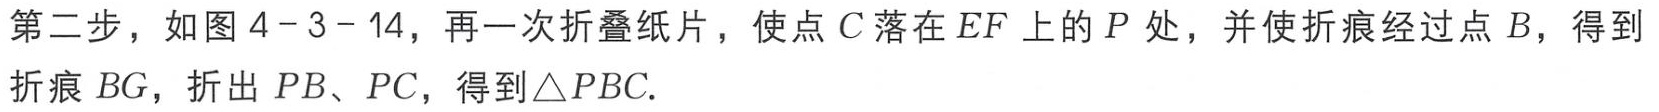
第二步，如图4-3-14，再一次折叠纸片，使点\(C\)落在\(EF\)上的\(P\)处，并使折痕经过点\(B\)，得到折痕\(BG\)，折出\(PB\)、\(PC\)，得到\(\triangle PBC\).